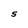
Character: S